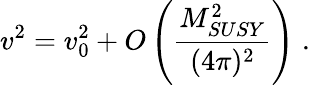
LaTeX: v^{2}=v_{0}^{2}+O\left(\frac{M_{SUSY}^{2}}{(4\pi)^{2}}\right)\; .